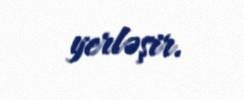
yerləşir.